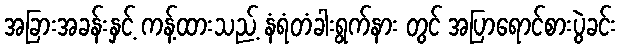
အခြားအခန်းနှင့် ကန့်ထားသည့် နံရံတံခါးရွက်နား တွင် အပြာရောင်စားပွဲခင်း